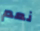
نعم